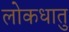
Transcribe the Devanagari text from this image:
लोकधातु